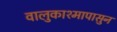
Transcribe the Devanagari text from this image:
वालुकाश्मापासुन